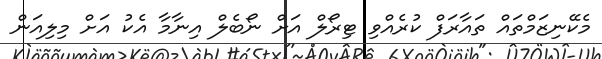
މެކޭނިޒަމްތައް ތައާރަފް ކުރެއްވި ޓިރޯލް އަށް ނޯބެލް އިނާމާ އެކު އަށް މިލިއަން